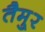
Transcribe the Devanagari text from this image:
तैमु्र